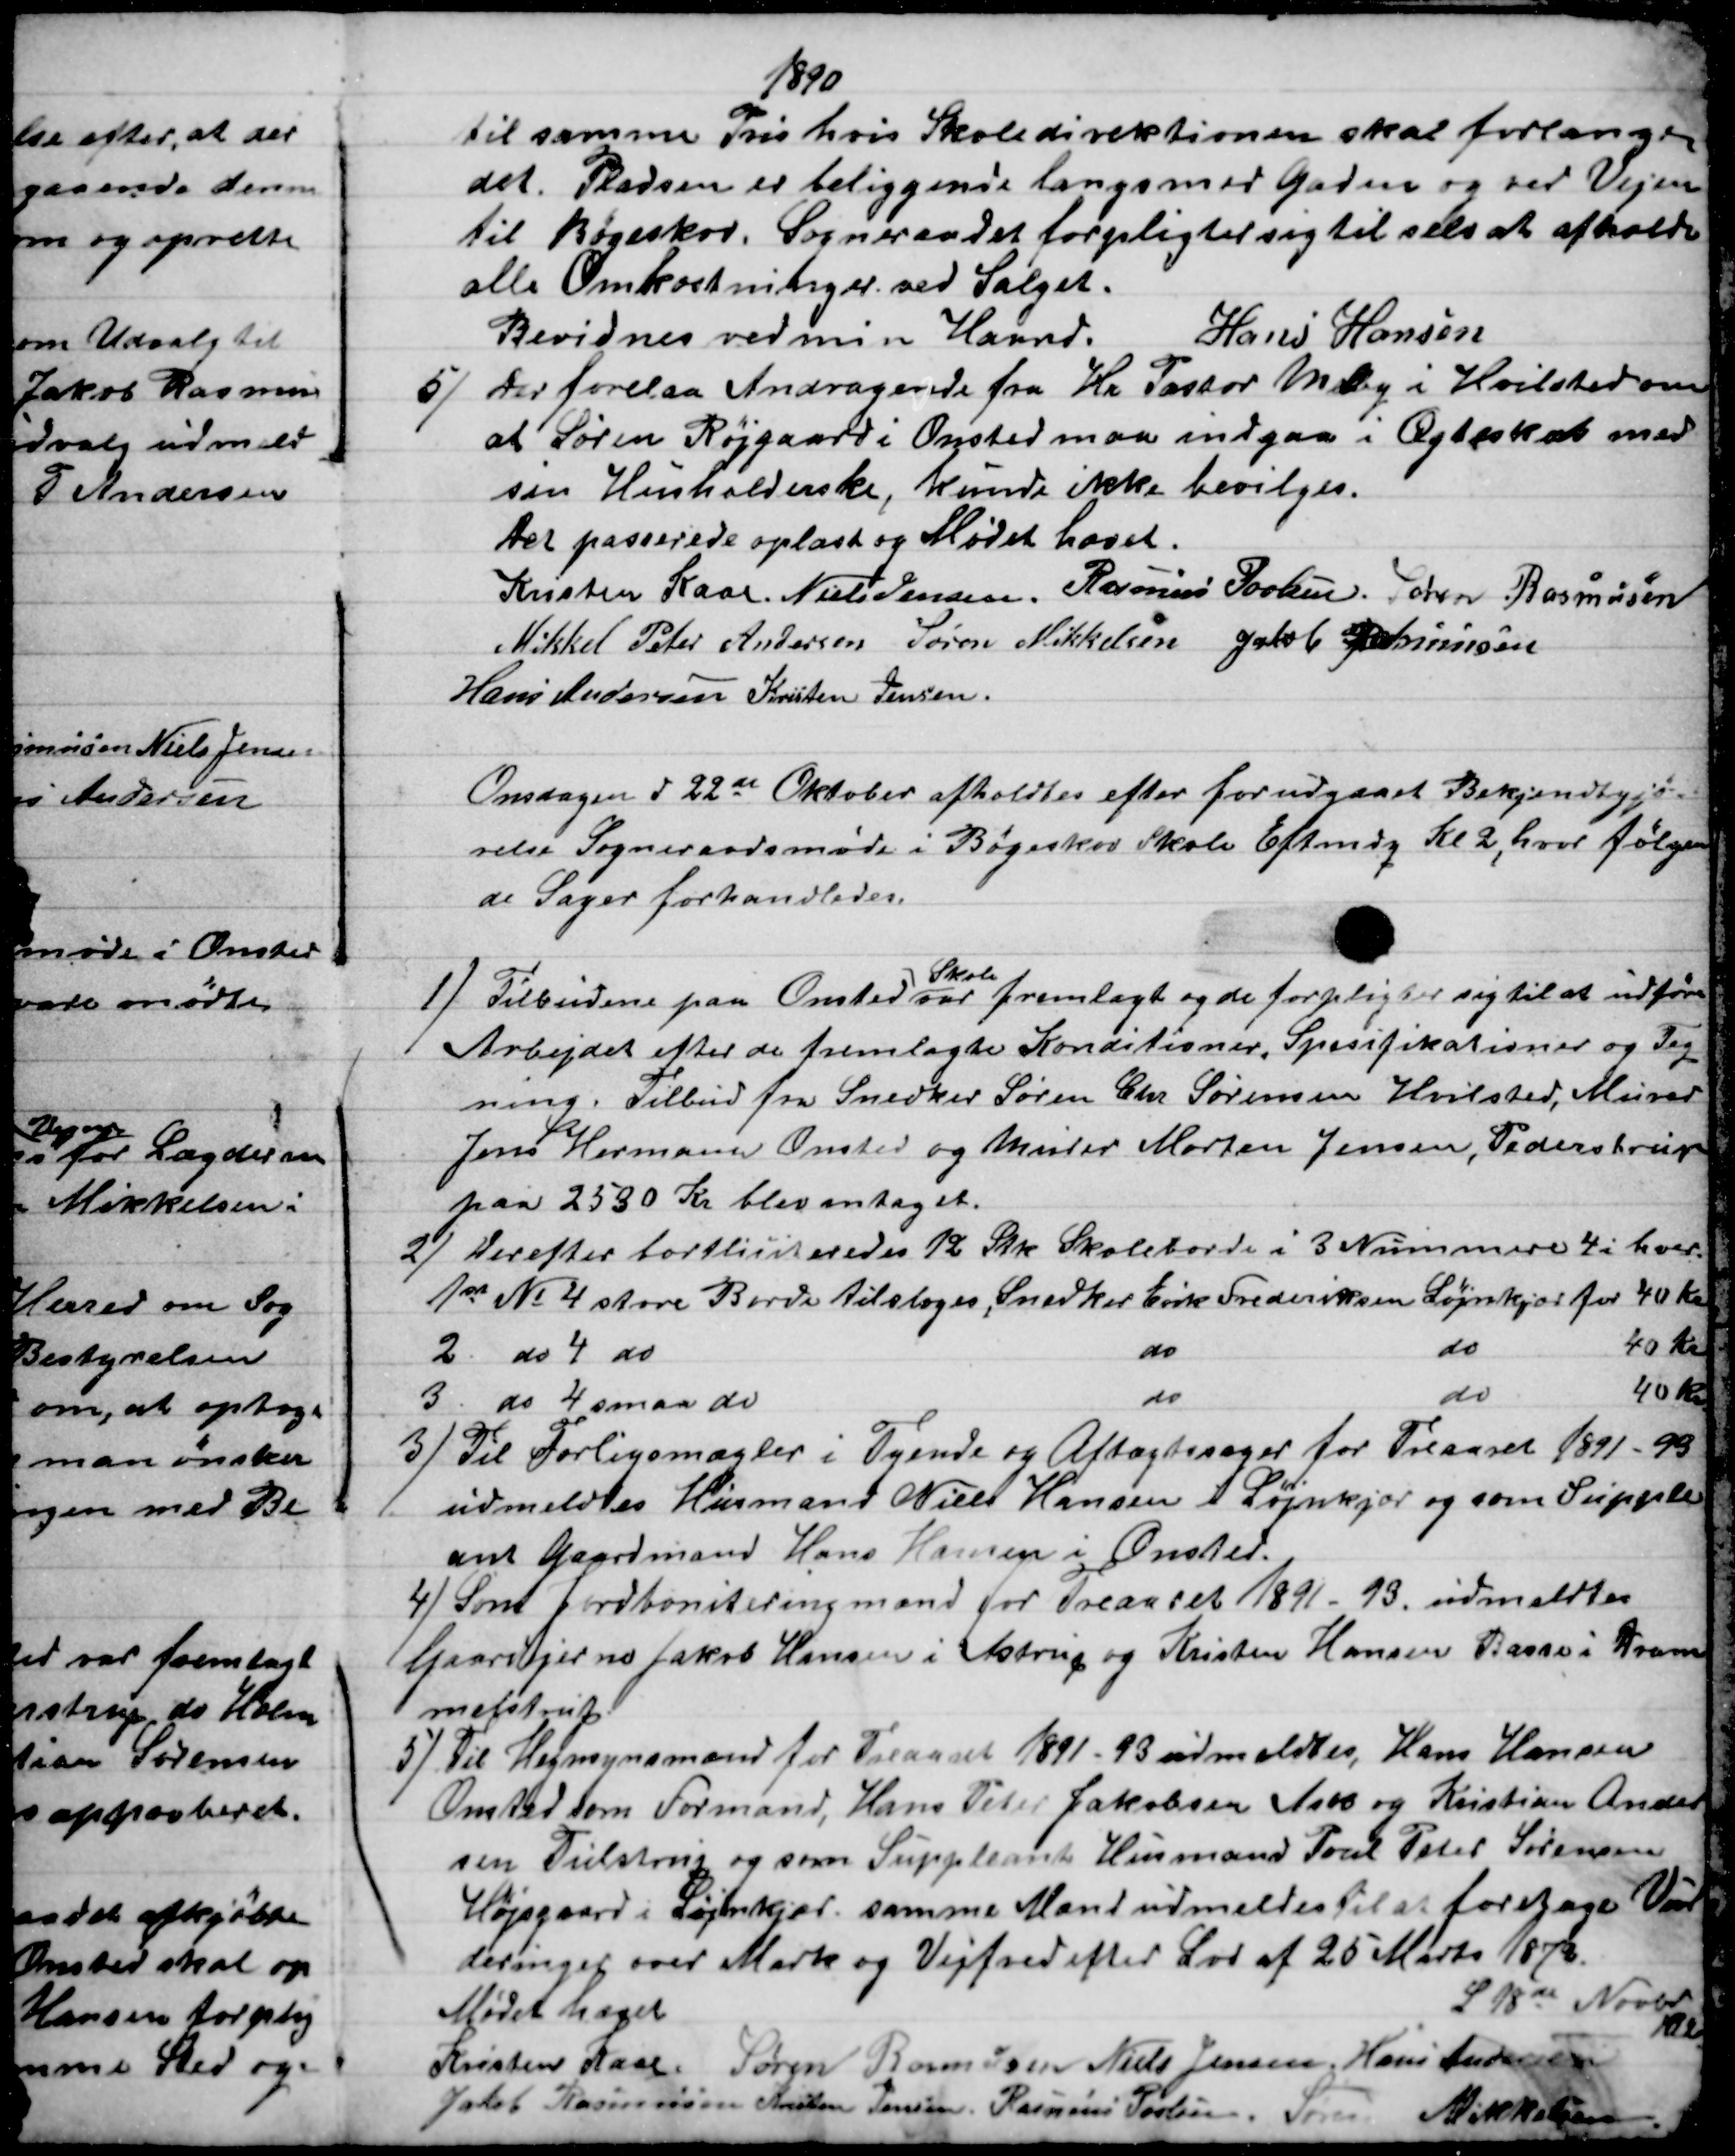
Transskription:
1890
til samme Pris hvis Skoledirektionen skal forlange
det. Pladsen er beliggende langs med Gaden og ved Vejen
til Bøgeskov. Sogneraadet forpligter sig til selv at afholde
alle Omkostninger ved Salget.
Bevidnes ved min Haand.
Hans Hansen
5) 
 Der forelaa Andragende fra Hr Pastor Melby i Hvilsted om
at Søren Røjgaard i Onsted maa indgaa i Ægteskab med
sin Husholderske, kunde ikke bevilges.
Der passerede oplæst og Mødet hævet.
Kristen Kaae. Niels Jensen. Rasmus Povlsen. Søren Rasmussen
Mikkel Peter Andersen Søren Mikkelsen Jakob Rasmussen
Hans Andersen Kristen Jensen
Onsdagen d 22de Oktober afholdtes efter forudgaaet Bekjendtgjø
relse Sogneraadsmøde i Bøgeskov Skole Eftmdg Kl. 2, hvor følgen
de Sager forhandledes.
1)
Tilbudene paa Onsted 
Skole
var fremlagt og de forpligter sig til at udføre
Arbejdet efter de fremlagte Konditioner, Spesifikationer og Teg
=
ning. Tilbud fra Snedker Søren Chr Sørensen Hvilsted, Murer
Jens Hermann Onsted og Murer Morten Jensen, Pederstrup
paa 2530 Kr blev antaget.
2) 
Herefter bortliciteredes 12 Stk Skoleborde i 3 Nummere 4 i hver
1ste № 4 store Borde tilsloges, Snedker Erik Frederiksen Løjnkjær for 40 Kr
2. do 4 do
do
do
40 Kr
3 do 4 smaa do
do
do
40 Kr.
3) 
Til Forligsmægler i Tyende og Aftægtssager for Treaaret 1891-93
udmeldtes Husmand Niels Hansen i Løjnkjær og som Supple
ant Gaardmand Hans Hansen i Onsted.
4) Som Jordboniteringmænd for Treaaret 1891 - 93, udmeldtes
Gaardejerne Jakob Hansen i Astrup og Kristen Hansen Basse i Dram
melstrup
5) Til Hegnsynsmænd for Treaaret 1891-93 udmeldtes, Hans Hansen
Onsted som Formand, Hans Peter Jakobsen Ask og Kristian Ander
sen Tulstrup og som Suppleant Husmand Poul Peter Sørensen
Højsgaard i Løjenkjær, samme Mænd udmeldtes til at foretage Vur
deringer over Mark og Vejfred efter Lov af 25 Marts 1873.
Mødet hævet
D 18de Novbr
Kl 2
Kristen Kaae Søren Rasmussen Niels Jensen, Hans Andersen
Jacob Rasmussen Kristen Jensen Rasmus Povlsen Søren Mikkelsen